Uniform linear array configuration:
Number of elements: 64
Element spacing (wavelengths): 0.5
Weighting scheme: uniform
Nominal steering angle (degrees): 0
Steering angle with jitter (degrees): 0.9456
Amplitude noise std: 0.05
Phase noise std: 0.05

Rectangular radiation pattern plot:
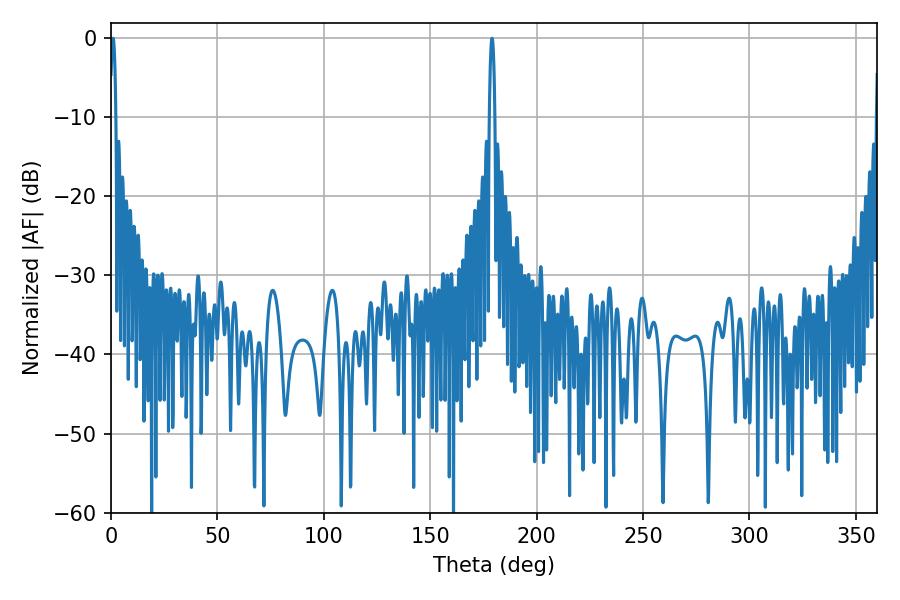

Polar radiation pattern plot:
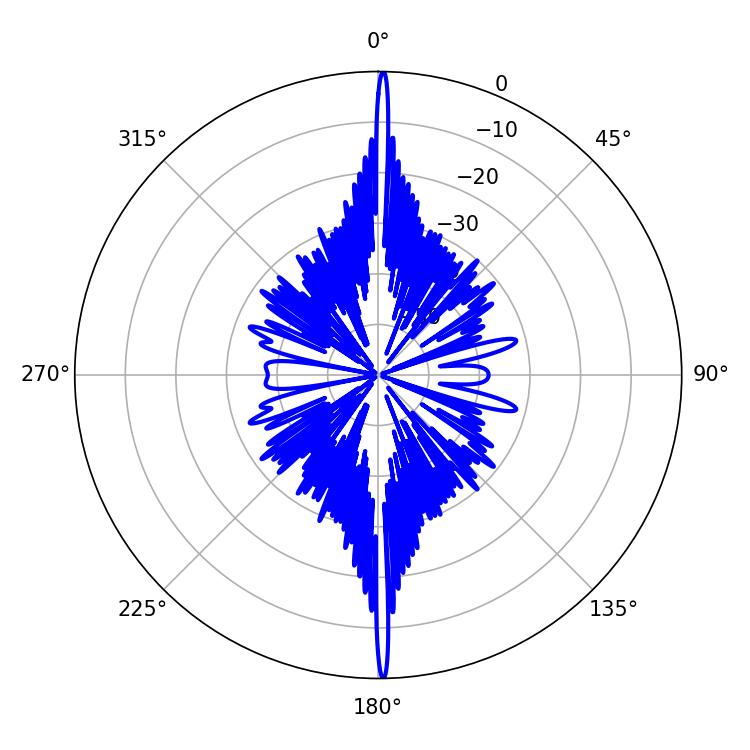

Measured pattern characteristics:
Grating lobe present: FALSE
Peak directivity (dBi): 32.484
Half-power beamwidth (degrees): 1.44
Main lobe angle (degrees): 179.1